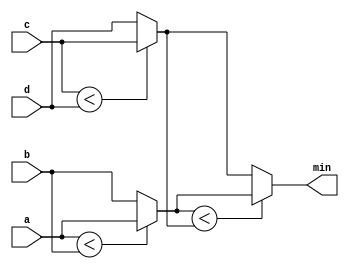
module top_module (
  input [7:0] a, b, c, d,
  output [7:0] min);//
 // assign intermediate_result1 = compare? true: false;
    wire [7:0] wire1,wire2;
    always @(*) begin
      wire1=a<b?a:b;
      wire2=c<d?c:d;
      min=wire1<wire2?wire1:wire2;
    end
endmodule